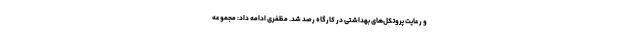
و رعایت پروتکل‌های بهداشتی در کارگاه رصد شد. مظفری ادامه داد: مجموعه